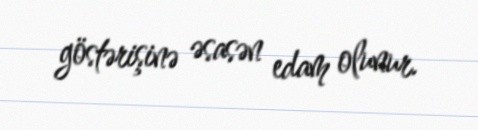
göstərişinə əsasən edam olunur.